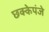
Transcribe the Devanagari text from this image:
छक्केपंजे